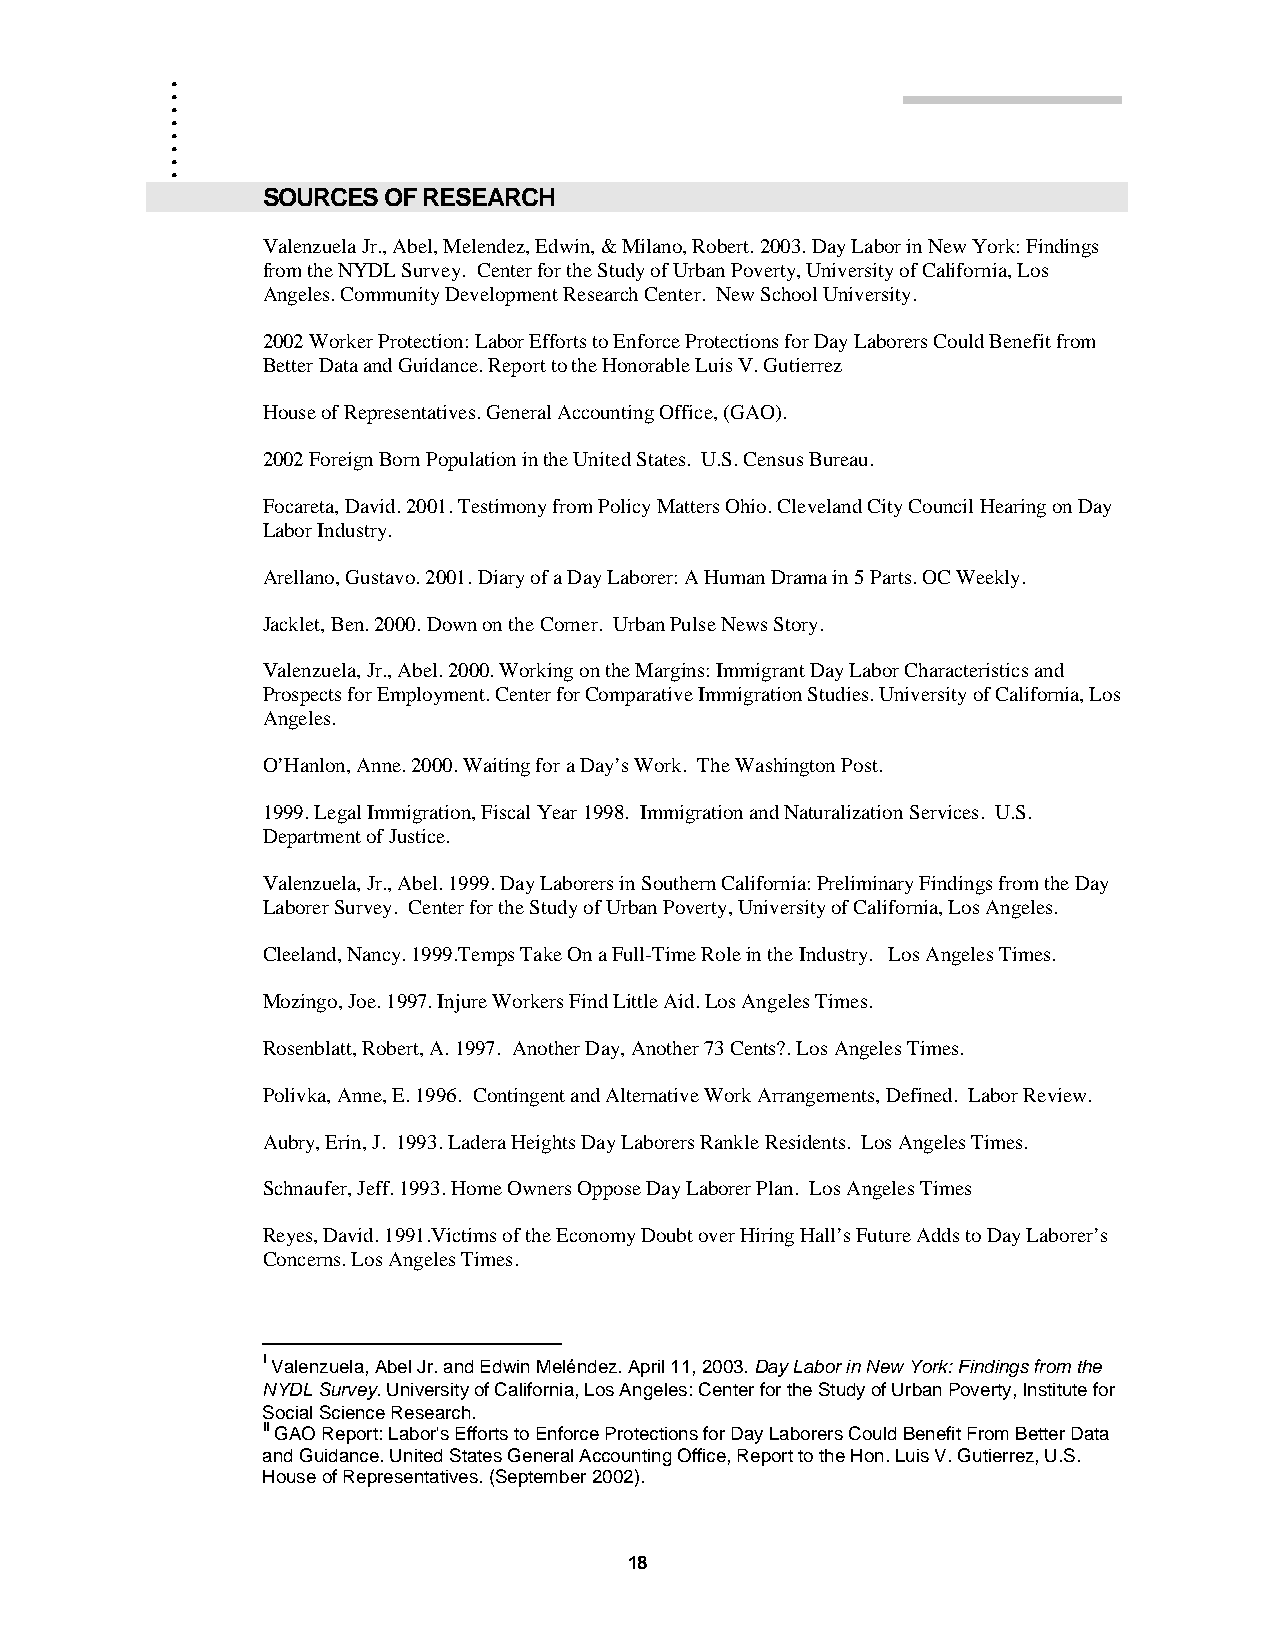
.
 .
 .
 .
 .
 .
 .
 .
 .
 .
 SOURCES OF RESEARCH
 Valenzuela Jr., Abel, Melendez, Edwin, & Milano, Robert. 2003. Day Labor in New York: Findings
 from the NYDL Survey. Center for the Study of Urban Poverty, University of California, Los
 Angeles. Community Development Research Center. New School University.
 2002 Worker Protection: Labor Efforts to Enforce Protections for Day Laborers Could Benefit from
 Better Data and Guidance. Report to the Honorable Luis V. Gutierrez
 House of Representatives. General Accounting Office, (GAO).
 2002 Foreign Born Population in the United States. U.S. Census Bureau.
 Focareta, David. 2001. Testimony from Policy Matters Ohio. Cleveland City Council Hearing on Day
 Labor Industry.
 Arellano, Gustavo. 2001. Diary of a Day Laborer: A Human Drama in 5 Parts. OC Weekly.
 Jacklet, Ben. 2000. Down on the Corner. Urban Pulse News Story.
 Valenzuela, Jr., Abel. 2000. Working on the Margins: Immigrant Day Labor Characteristics and
 Prospects for Employment. Center for Comparative Immigration Studies. University of California, Los
 Angeles.
 O’Hanlon, Anne. 2000. Waiting for a Day’s Work. The Washington Post.
 1999. Legal Immigration, Fiscal Year 1998. Immigration and Naturalization Services. U.S.
 Department of Justice.
 Valenzuela, Jr., Abel. 1999. Day Laborers in Southern California: Preliminary Findings from the Day
 Laborer Survey. Center for the Study of Urban Poverty, University of California, Los Angeles.
 Cleeland, Nancy. 1999.Temps Take On a Full-Time Role in the Industry. Los Angeles Times.
 Mozingo, Joe. 1997. Injure Workers Find Little Aid. Los Angeles Times.
 Rosenblatt, Robert, A. 1997. Another Day, Another 73 Cents?. Los Angeles Times.
 Polivka, Anne, E. 1996. Contingent and Alternative Work Arrangements, Defined. Labor Review.
 Aubry, Erin, J. 1993. Ladera Heights Day Laborers Rankle Residents. Los Angeles Times.
 Schnaufer, Jeff. 1993. Home Owners Oppose Day Laborer Plan. Los Angeles Times
 Reyes, David. 1991.Victims of the Economy Doubt over Hiring Hall’s Future Adds to Day Laborer’s
 Concerns. Los Angeles Times.
 i Valenzuela, Abel Jr. and Edwin Meléndez. April 11, 2003. Day Labor in New York: Findings from the
 NYDL Survey. University of California, Los Angeles: Center for the Study of Urban Poverty, Institute for
 Social Science Research.
 ii GAO Report: Labor's Efforts to Enforce Protections for Day Laborers Could Benefit From Better Data
 and Guidance. United States General Accounting Office, Report to the Hon. Luis V. Gutierrez, U.S.
 House of Representatives. (September 2002).
 18